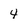
Character: 4